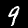
Digit: 9